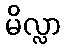
မိလ္လာ